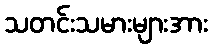
သတင်းသမားများအား